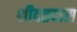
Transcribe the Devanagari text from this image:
श्रीदत्तदास